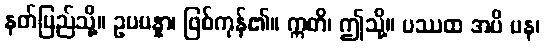
နတ်ပြည်သို့။ ဥပပန္နာ၊ ဖြစ်ကုန်၏။ ဣတိ၊ ဤသို့။ ပဿထ အပိ ပန၊